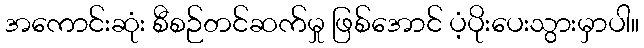
အကောင်းဆုံး စီစဉ်တင်ဆက်မှု ဖြစ်အောင် ပံ့ပိုးပေးသွားမှာပါ။